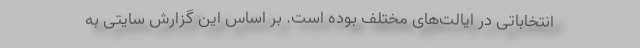
انتخاباتی در ایالت‌های مختلف بوده است. بر اساس این گزارش سایتی به